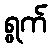
ရွက်